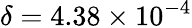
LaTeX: \delta=4.38\times 10^{-4}